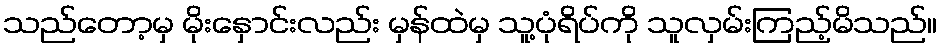
သည်တော့မှ မိုးနှောင်းလည်း မှန်ထဲမှ သူ့ပုံရိပ်ကို သူလှမ်းကြည့်မိသည်။